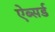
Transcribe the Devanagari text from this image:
ऐब्सर्ड